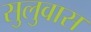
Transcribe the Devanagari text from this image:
सुलुवास